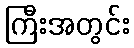
ကြီးအတွင်း